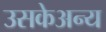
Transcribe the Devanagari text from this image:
उसकेअन्य